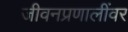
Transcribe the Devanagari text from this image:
जीवनप्रणालींवर